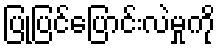
ပြုပြင်ပြောင်းလဲမှုကို